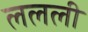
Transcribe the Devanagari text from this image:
ललली